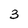
Character: 3